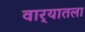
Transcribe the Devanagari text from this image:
वार्‍यातला